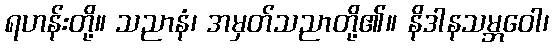
ရဟန်းတို့။ သညာနံ၊ အမှတ်သညာတို့၏။ နိဒါနသမ္ဘဝေါ၊